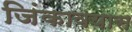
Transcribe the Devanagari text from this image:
जिंकावयास